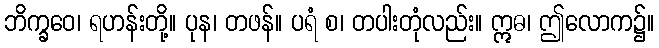
ဘိက္ခဝေ၊ ရဟန်းတို့။ ပုန၊ တဖန်။ ပရံ စ၊ တပါးတုံလည်း။ ဣဓ၊ ဤလောက၌။